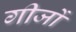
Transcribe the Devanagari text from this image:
गीजों